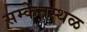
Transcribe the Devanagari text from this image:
सम्केतस्थळ